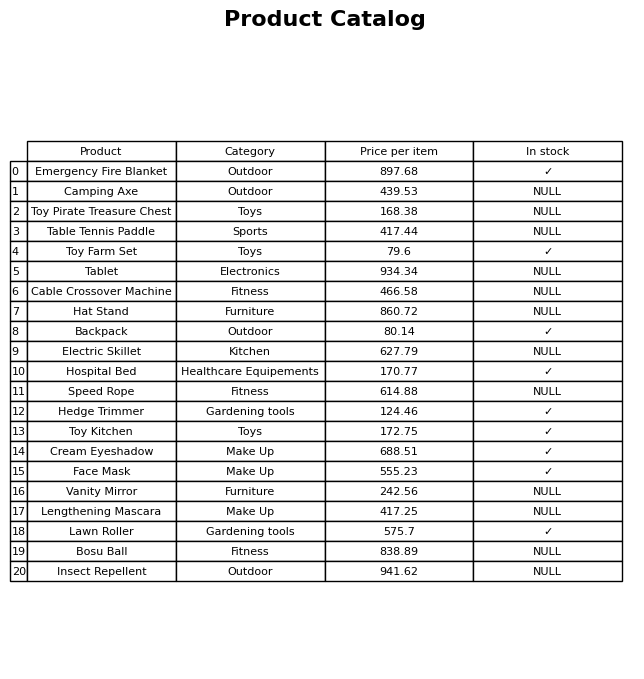
question: What is the price of the Hat Stand?
answer: The price of Hat Stand is 860.72.